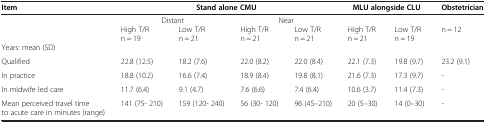
<table><thead><tr><td><b>Item</b></td><td colspan="4"><b>Stand alone CMU</b></td><td colspan="2"><b>MLU alongside CLU</b></td><td><b>Obstetrician</b></td></tr><tr><td><b> </b></td><td colspan="2"><b>Distant</b></td><td colspan="2"><b>Near</b></td><td><b> </b></td><td><b> </b></td><td><b> </b></td></tr><tr><td><b> </b></td><td><b>High T/R</b></td><td><b>Low T/R</b></td><td><b>High T/R</b></td><td><b>Low T/R</b></td><td><b>High T/R</b></td><td><b>Low T/R</b></td><td rowspan="2"><b>n = 12</b></td></tr><tr><td><b> </b></td><td><b>n = 19</b></td><td><b>n = 21</b></td><td><b>n = 21</b></td><td><b>n = 21</b></td><td><b>n = 21</b></td><td><b>n = 19</b></td></tr></thead><tbody><tr><td>Years: mean (SD)</td><td> </td><td> </td><td> </td><td> </td><td> </td><td> </td><td> </td></tr><tr><td>Qualified</td><td>22.8 (12.5)</td><td>18.2 (7.6)</td><td>22.0 (8.2)</td><td>22.0 (8.4)</td><td>22.1 (7.3)</td><td>19.8 (9.7)</td><td>23.2 (9.1)</td></tr><tr><td>In practice</td><td>18.8 (10.2)</td><td>16.6 (7.4)</td><td>18.9 (8.4)</td><td>19.8 (8.1)</td><td>21.6 (7.3)</td><td>17.3 (9.7)</td><td>-</td></tr><tr><td>In midwife led care</td><td>11.7 (6.4)</td><td>9.1 (4.7)</td><td>7.6 (6.6)</td><td>7.4 (6.4)</td><td>10.6 (3.7)</td><td>11.4 (7.3)</td><td>-</td></tr><tr><td>Mean perceived travel time to acute care in minutes (range)</td><td>141 (75- 210)</td><td>159 (120- 240)</td><td>56 (30- 120)</td><td>96 (45–210)</td><td>20 (5–30)</td><td>14 (0–30)</td><td>-</td></tr></tbody></table>